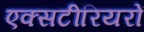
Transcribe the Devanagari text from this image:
एक्सटीरियरों